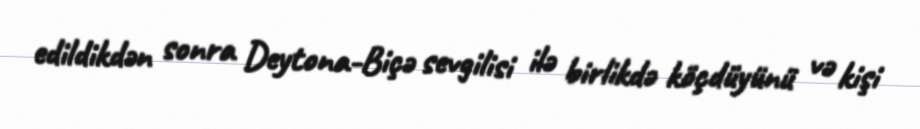
edildikdən sonra Deytona-Biçə sevgilisi ilə birlikdə köçdüyünü və kişi